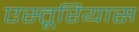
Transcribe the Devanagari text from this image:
एस्तूरियास